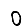
Digit: 0